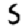
Digit: 5